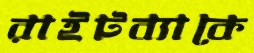
রাইটব্যাকে